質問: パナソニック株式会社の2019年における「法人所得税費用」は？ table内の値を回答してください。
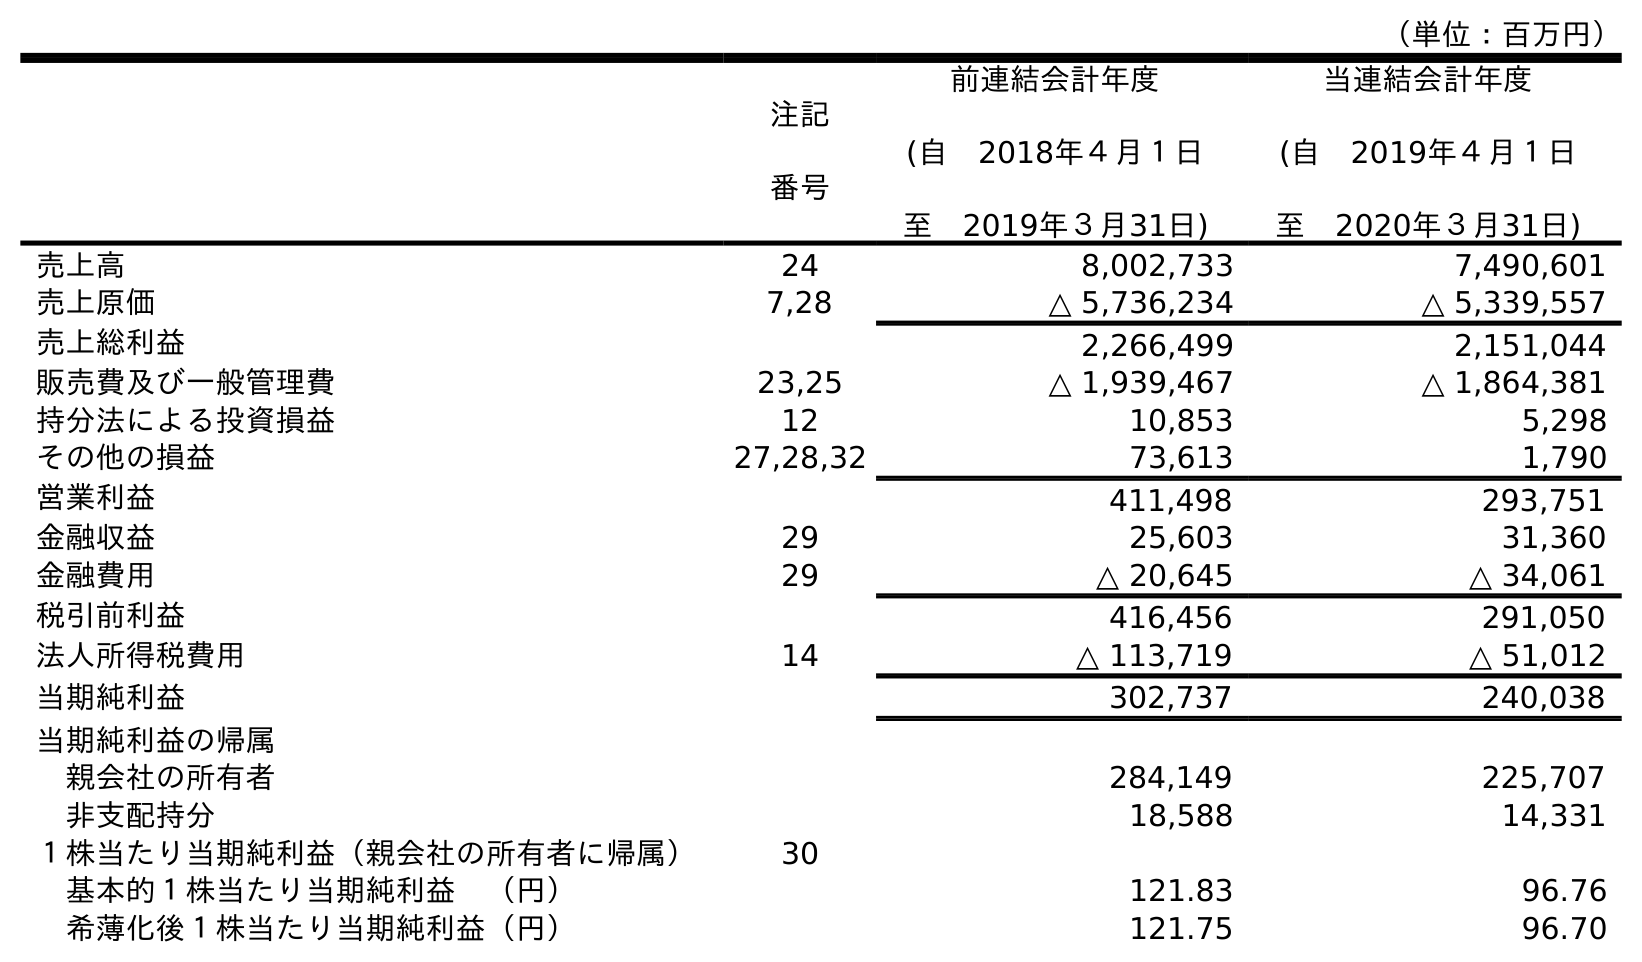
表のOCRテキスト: （単位：百万円） 注記 番号 前連結会計年度 (自 2018年４月１日 至 2019年３月31日) 当連結会計年度 (自 2019年４月１日 至 2020年３月31日) 売上高 24 8,002,733 7,490,601 売上原価 7,28 △ 5,736,234 △ 5,339,557 売上総利益 2,266,499 2,151,044 販売費及び一般管理費 23,25 △ 1,939,467 △ 1,864,381 持分法による投資損益 12 10,853 5,298 その他の損益 27,28,32 73,613 1,790 営業利益 411,498 293,751 金融収益 29 25,603 31,360 金融費用 29 △ 20,645 △ 34,061 税引前利益 416,456 291,050 法人所得税費用 14 △ 113,719 △ 51,012 当期純利益 302,737 240,038 当期純利益の帰属 親会社の所有者 284,149 225,707 非支配持分 18,588 14,331 １株当たり当期純利益（親会社の所有者に帰属） 30 基本的１株当たり当期純利益 （円） 121.83 96.76 希薄化後１株当たり当期純利益（円） 121.75 96.70
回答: △113,719